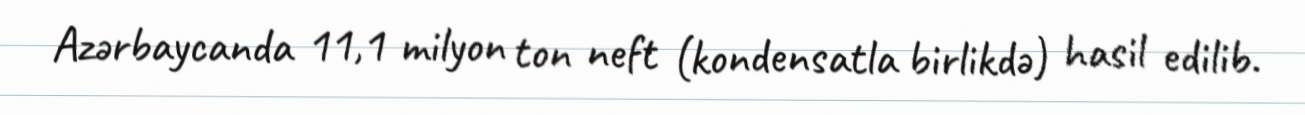
Azərbaycanda 11,1 milyon ton neft (kondensatla birlikdə) hasil edilib.